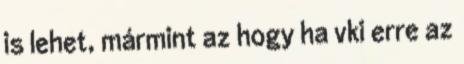
is lehet, mármint az hogy ha vki erre az